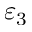
\varepsilon _ { 3 }